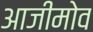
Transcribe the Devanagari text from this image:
आजीमोव